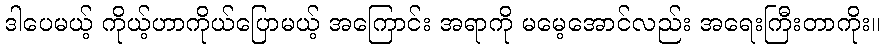
ဒါပေမယ့် ကိုယ့်ဟာကိုယ်ပြောမယ့် အကြောင်း အရာကို မမေ့အောင်လည်း အရေးကြီးတာကိုး။